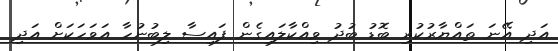
އަދި އޭނަ ތައްޔާރުކުރި ބޮޑު ބުދު ވިއްކާލައިގެން ފައިސާ ލިބުނުހާ އަވަހަކަށް އަދި